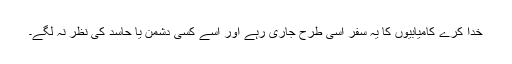
خدا کرے کامیابیوں کا یہ سفر اسی طرح جاری رہے اور اسے کسی دشمن یا حاسد کی نظر نہ لگے۔